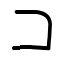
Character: コ